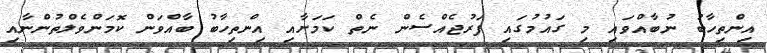
އިންތިހާބު ނުބާއްވައި މި ގައުމުގައި ފަރުޖެއްސެން ނެތް ކަމަށާއި އިންތިހާބު ބާއްވަން ކޮމަންވެލްތުންނާއި